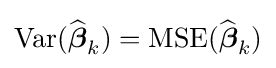
\operatorname {Var} ({\widehat {\boldsymbol {\beta }}}_{k})=\operatorname {MSE} ({\widehat {\boldsymbol {\beta }}}_{k})